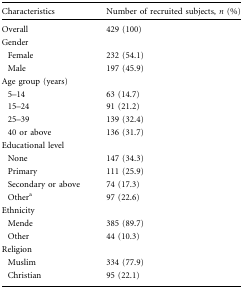
| Characteristics | Number of recruited subjects, n (%) |
 | --- | --- |
 | Overall | 429 (100) |
 | <COLSPAN=2> Gender |
 | Female | 232 (54.1) |
 | Male | 197 (45.9) |
 | <COLSPAN=2> Age group (years) |
 | 5–14 | 63 (14.7) |
 | 15–24 | 91 (21.2) |
 | 25–39 | 139 (32.4) |
 | 40 or above | 136 (31.7) |
 | <COLSPAN=2> Educational level |
 | None | 147 (34.3) |
 | Primary | 111 (25.9) |
 | Secondary or above | 74 (17.3) |
 | Othera | 97 (22.6) |
 | <COLSPAN=2> Ethnicity |
 | Mende | 385 (89.7) |
 | Other | 44 (10.3) |
 | <COLSPAN=2> Religion |
 | Muslim | 334 (77.9) |
 | Christian | 95 (22.1) |